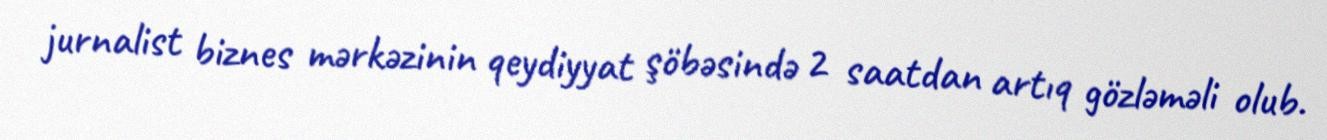
jurnalist biznes mərkəzinin qeydiyyat şöbəsində 2 saatdan artıq gözləməli olub.